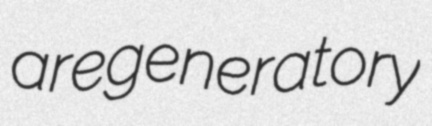
aregeneratory